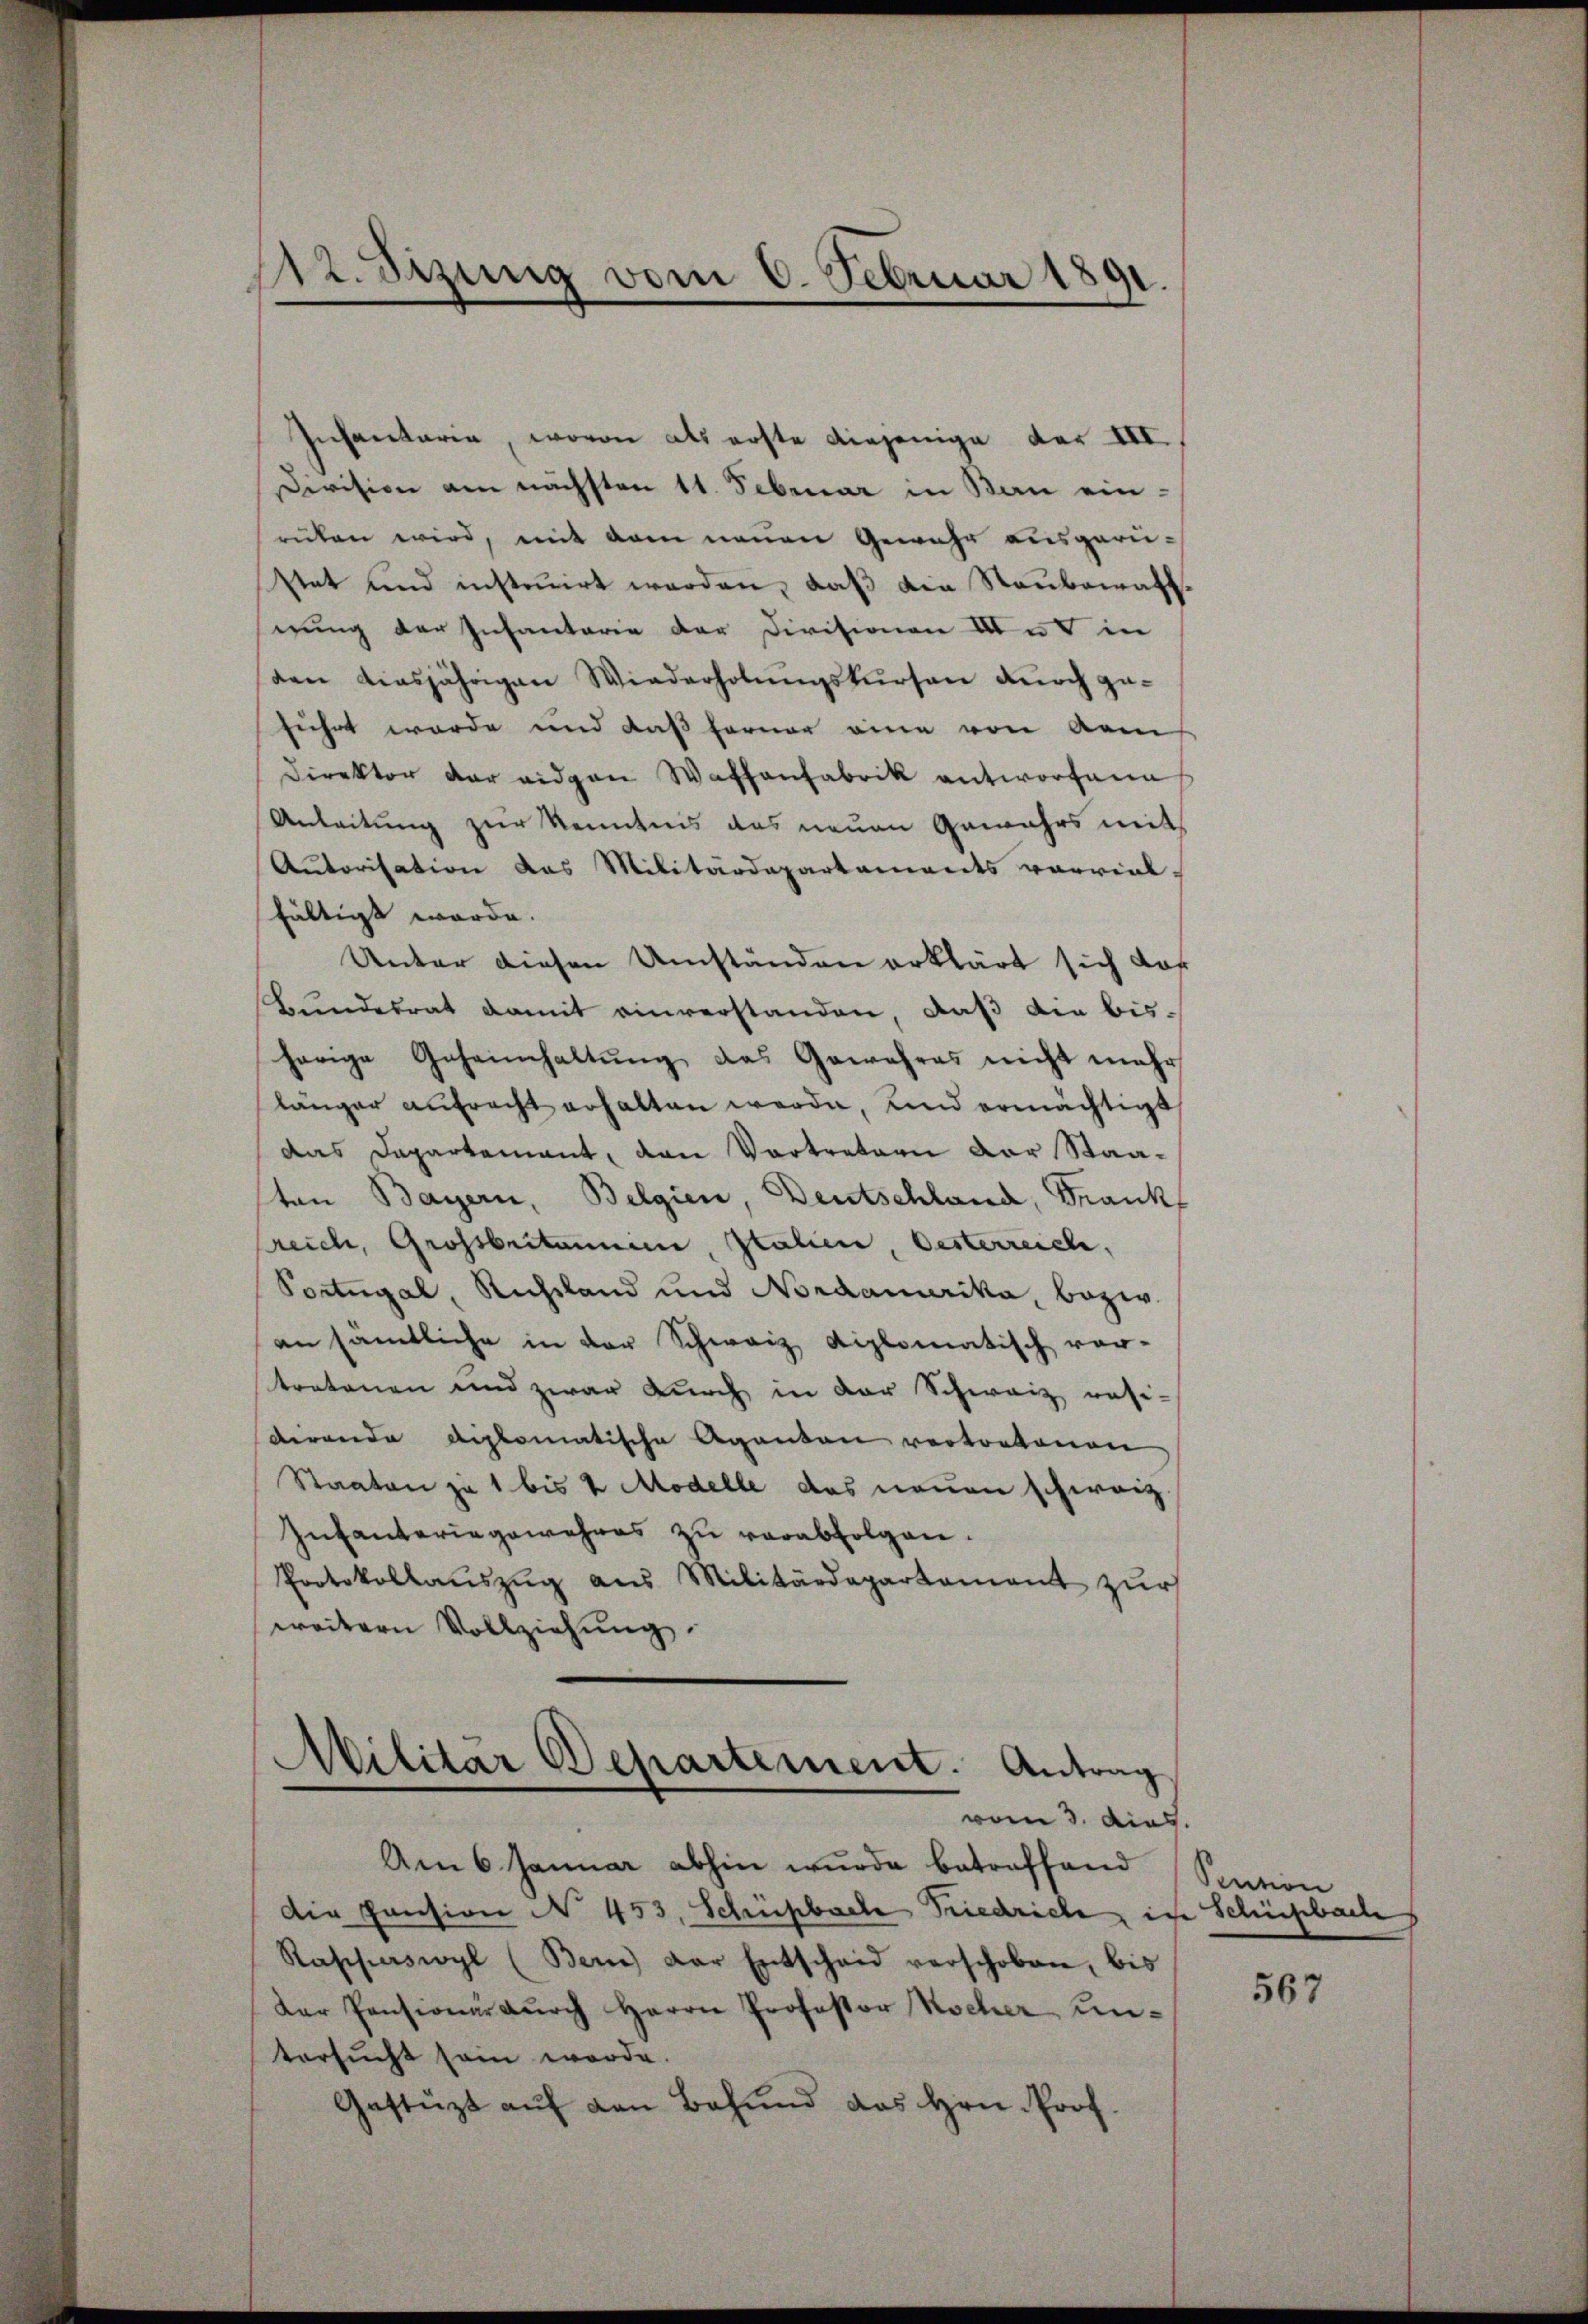
112. Sizung vom 6. Februar 1891.
s

Infantaria, wovon als erste diejenige der III.
Division am nächsten 11. Februar in Bau einrüken wird, mit dem neuen Gewähr ausgerü-
stet und instruirt werden, daß die Staubewaffnung der Infanterie der Divisionen Und in
den diesjährigen Wiederholungskursen durch geführt werde und daß ferner eine von Aem
Direktor der eidgen Waffenfabrik antworfene
Anleitung zur Kenntnis das neuen Gewahrs weit
Autorisation das Militärdepartaments vorviel-
fältigt werde.
Unter diesen Umständen erklärt sich daß
Bundesrat damit einverstanden, daß die bis-
herige Geheimhaltŭng das Gewahres nicht mehr
länger aufrecht erhalten werde, und ermächtigt
das Departement, den Vortretern der Staasten Bayern, Belgien, Deutschland, Frankf
reich, Grossbritannen, Italien, Oesterreich,
Portugal, Richtland und Nordanarika, bezw.
an sämtliche in der Schweiz diplomatisch ver-
tratonen und zwar durch in der Schweiz rasi-
dirende diplomatische Agenten vertretenen
Staaten zu 1 bis 4 Modelle das neuen schweiz.
Infanteringewehres zu verabfolgen.
Protokollauszug aus Militärdepartement zur
weitern Vollziehung.

Militar Departement. Antrag
vom 3. dies

Am 6. Januar abhin wurde betreffend Sention
Die Pension No 453, Schüesbach Friedrich, ich Schiesbach
Raschaswyl (Bern der Entschaid verschoben, bis
Der Pensionär dŭrch Herrn Professor Kocher Umtersucht sein werde.
Gestützt aŭf den Bahŭnd das Hrn. Prof.

567